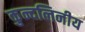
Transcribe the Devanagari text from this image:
कुन्दलिनीय